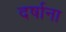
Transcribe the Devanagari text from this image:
दर्षाना